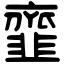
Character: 韲